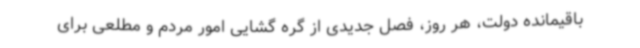
باقیمانده دولت، هر روز، فصل جدیدی از گره گشایی امور مردم و مطلعی برای